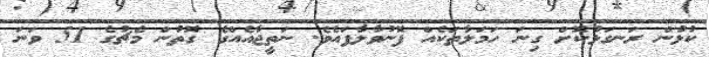
ކުޅުން ރަނގަޅުކޮށް ގިނަ ހަމަލާތަކެއް ފޮނުވާލާފައެވެ. ނަތީޖާއެއްގެ ގޮތުން މެޗުގެ 51 ވަނަ